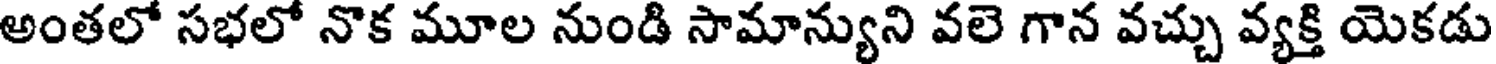
అంతలో సభలో నొక మూల నుండి సామాన్యుని వలె గాన వచ్చు వ్యక్తి యెకడు